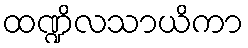
ထဏ္ဍိလသာယိကာ